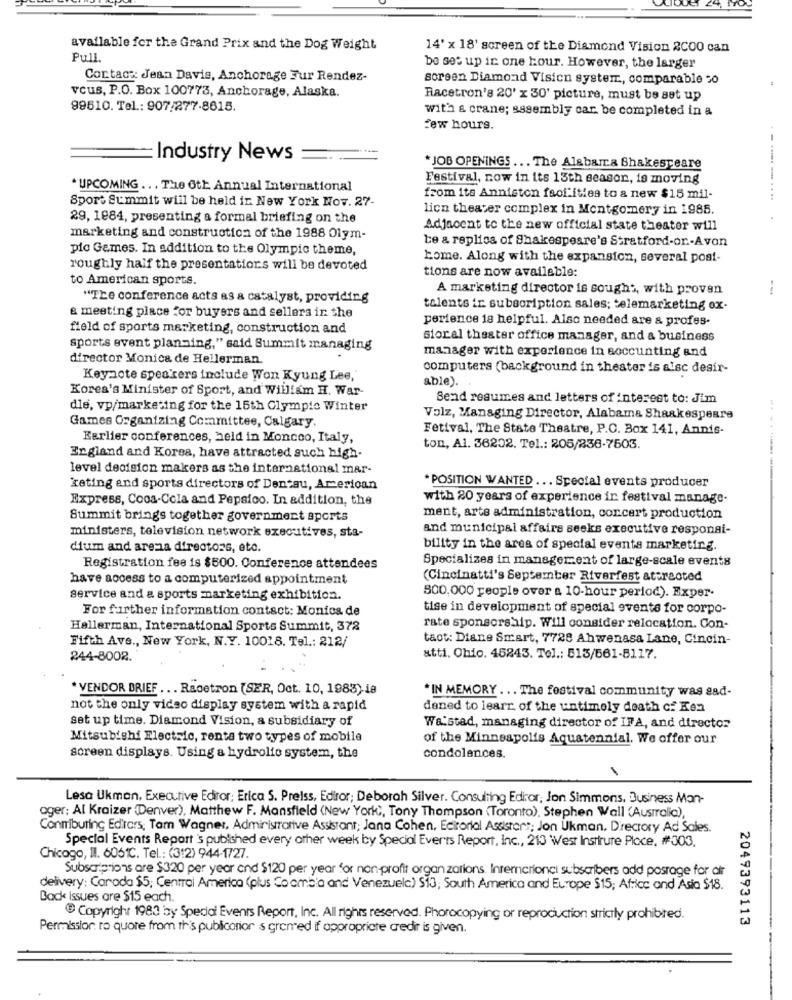
available for the Grand Prix and the Dog Weight
14' x 18' screen of the Diamond Vision 2C00 can
Pull.
be set up in one hour. However, the larger
Contact: Jean Davis, Anchorage Fur Rendez-
screen Diamond Visicn system, comparable 30
vous, P.O. Box 100773, Anchorage, Alaska.
Racetron's 20' x 30' picture, must be set up
99610. Tel .: 907/277-8615.
with a crane; assembly car. be completed in a
few hours.
Industry News
*JOB OPENINGS ... The Alabarra Shakespeare
Festival, now in its 13th season, is moving
. UPCOMING ... The 6th Annual International
from its Anniston fsof ities to a new $15 mil-
-.... ... ....
Sport Summit will be held in New York Nov. 27-
lien theater complex in Montgomery in 1985.
29, 1984, presenting a formal briefing on the
Adjacent to the new official state theater will
marketing and construction of the 1988 Olym-
Le a replica of Shakespeare's Stratford-or .- Avon
pic Gemes. In addition to the Olympic theme,
home. Along with the expansion, several post-
roughly half the presentations will be devoted
tions are now available:
to American sports.
A marketing director is sought, with proven
"The conference acts as a catalyst, providing
& meeting place for buyers and sellers in the
talents ir. subscription sales; telemarketing ox-
perience is helpful. Also needed are & profes-
field of sports marketing, construction and
sioral theater office manager, and & business
sports event planning," said Summit managing
manager with experience in soccunting and
director Monica de Hellerman.
computers (background in theater is alsc desir-
Keynote speakers include Won Kyung Lee,
&ble).
Kores's Minister of Sport, and William H. War-
Send resumes and letters of interest to: Jim
die, vp/marketing for the 15th Olympic Winter
Volz, Managing Director, Alabama Shaakespeare
Games Organizing Committee, Calgary.
Fetival, The State Theatre, P.O. Box 141, Annis-
Earlier conferences, held in Moncco, Italy,
ton, Al. 36202. Tel .: 205/236-7503.
England and Korea, have attracted such high-
level decision makers as the international mar-
. POSITION WANTED ... Special events producer
keting and sports directors of Dentsu, Arerican
Express, Coca-Cola and Pepsico. In addition, the
with 20 years of experience in festival manage-
Summit brings together government sports
ment, arts administration, concert production
and municipal affairs seeks executive responsi-
ministers, television network executives, sta-
dium and arena directors, etc.
bility in the area of special events marketing.
Specializes in management of large-scale events
Registration fee is $500. Conference attendees
have access to a computerized appointment
(Cincinatti's September Riverfest attracted
service and a sports marketing exhibition.
800.000 people over a 10-hour period). Exper.
For further information contact: Monios de
tise in development of special events for corpo-
Hallerman, International Sports Summit, 378
rate sponsorship. Will consider relocation. Con-
Fifth Ave ., New York, N.Y. 10018. Tel .: 212/
tact: Diane Smart, 7728 Ahwenasa Lane, Cincin-
244-8002.
atti, Ohio. 45243. Tel .: 515/661-8117.
* VENDOR BRIEF ... Racetron (SER, Oct. 10, 1983).ia
* IN MEMORY ... The festival community was sad-
not the only vidso display system with a rapid
dened to learr. of the untimely death c: Ken
set up time. Diamond Vision, a subsidiary of
Wa:stad, managing director of IFA, and director
Mitsubishi Electric, renta two types of mobile
of the Minneapolis Aquatennial. We offer our
screen displays. Using a hydrolfo system, the
condolences.
Lesa Ukman, Executive Ediror; Erica S. Preiss, Ediror; Deborah Silver. Consulting Editor, Jon Simmons, Business Man-
ager; Al Kraizer (DDenver), Matthew F. Mansfield (New York), Tony Thompson (Toronto), Stephen Wall (Australia),
Contributing Editors, Tam Wagner, Administrative Assistant; Jana Cohen, Ecirortal Assistons; Jon Ukman. Directory Ad Sales.
Special Events Report's published every other week by Special Everts Report, inc ., 213 West Instrure Ploce, #303.
Chicogo, Il. 6061℃. Tel .: (312) 944-1727.
Subscriptions are $320 per year and $120 per year for non-profit organ zations. Interncrionci subscribers add posrage for air
delivery: Caroda $5; Centroi America (plus Co omb'a and Venezuela) S13; South America and Europe $15; Africc and Asia $18.
Back Issues are $15 each.
Copyright 1983 by Special Events Report, Inc. All rights reserved. Phorocopying or reproduction strictly prohibired.
2049393113
Permission ro quore from this publicorion s grened if appropriate credir is given.